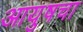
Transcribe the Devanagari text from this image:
आयुषचा